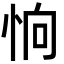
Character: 恦